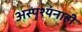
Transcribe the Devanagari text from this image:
अस्पृश्यंनाही